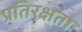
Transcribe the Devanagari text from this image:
प्रतिरक्षता